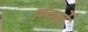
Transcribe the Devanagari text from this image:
वतर्ते